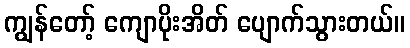
ကျွန်တော့် ကျောပိုးအိတ် ပျောက်သွားတယ်။